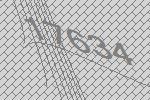
17634